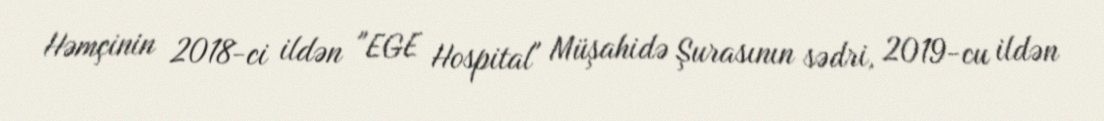
Həmçinin 2018-ci ildən "EGE Hospital" Müşahidə Şurasının sədri, 2019-cu ildən